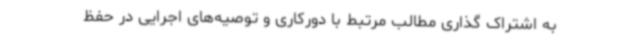
به اشتراک گذاری مطالب مرتبط با دورکاری و توصیه‌های اجرایی در حفظ